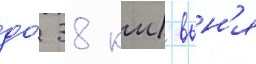
до́ 38 км) вын'я